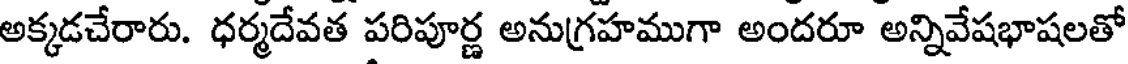
అక్కడచేరారు. ధర్మదేవత పరిపూర్ణ అనుగ్రహముగా అందరూ అన్నివేషభాషలతో